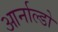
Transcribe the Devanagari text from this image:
आर्नाल्डो